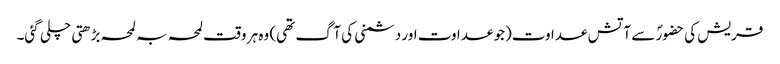
قریش کی حضورؐ سے آتش عداوت(جو عداوت اور دشمنی کی آگ تھی) وہ ہر وقت لمحہ بہ لمحہ بڑھتی چلی گئی۔